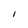
Character: l